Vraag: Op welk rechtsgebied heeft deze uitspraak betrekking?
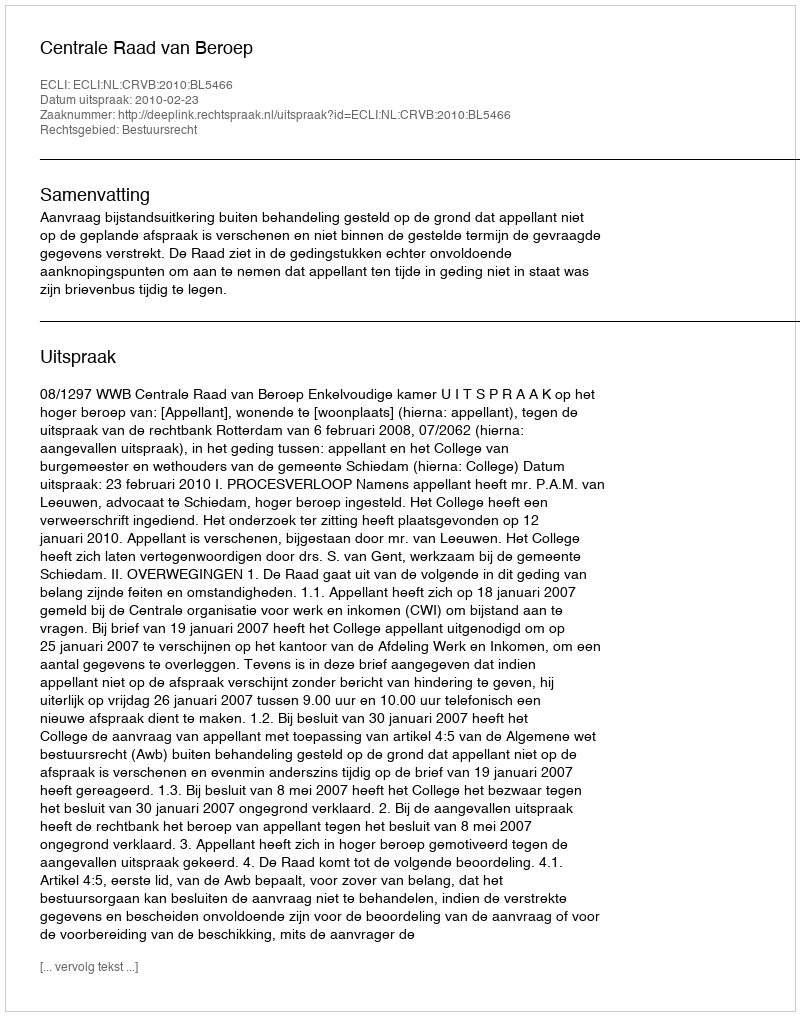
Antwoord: Bestuursrecht